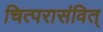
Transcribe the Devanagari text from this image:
चित्परासंवित्